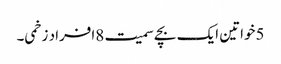
5خواتین ایک بچے سمیت 8افراد زخمی۔